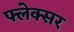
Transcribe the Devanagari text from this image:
फ्लेक्सर